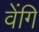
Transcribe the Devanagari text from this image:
वेंगि